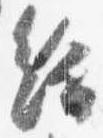
給